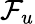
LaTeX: \textstyle{\mathcal{F}}_{u}